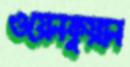
ওয়েনকুয়ান